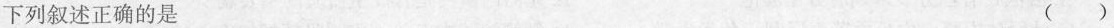
下列叙述正确的是 ( )